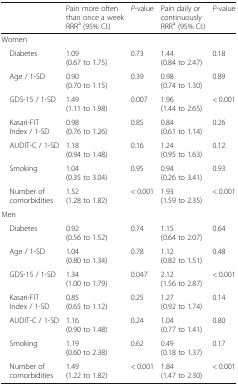
|  | Pain more often than once a week RRRa (95% CI:) | P-value | Pain daily or continuously RRRa (95% CI:) | P-value |
 | --- | --- | --- | --- | --- |
 | <COLSPAN=5> Women |
 | Diabetes | 1.09 (0.67 to 1.75) | 0.73 | 1.44 (0.84 to 2.47) | 0.18 |
 | Age / 1-SD | 0.90 (0.70 to 1.15) | 0.39 | 0.98 (0.74 to 1.30) | 0.89 |
 | GDS-15 / 1-SD | 1.49 (1.11 to 1.98) | 0.007 | 1.96 (1.44 to 2.65) | < 0.001 |
 | Kasari-FIT Index / 1-SD | 0.98 (0.76 to 1.26) | 0.85 | 0.84 (0.61 to 1.14) | 0.26 |
 | AUDIT-C / 1-SD | 1.18 (0.94 to 1.48) | 0.16 | 1.24 (0.95 to 1.63) | 0.12 |
 | Smoking | 1.04 (0.35 to 3.04) | 0.95 | 0.94 (0.26 to 3.41) | 0.93 |
 | Number of comorbidities | 1.52 (1.28 to 1.82) | < 0.001 | 1.93 (1.59 to 2.35) | < 0.001 |
 | <COLSPAN=5> Men |
 | Diabetes | 0.92 (0.56 to 1.52) | 0.74 | 1.15 (0.64 to 2.07) | 0.64 |
 | Age / 1-SD | 1.04 (0.80 to 1.34) | 0.78 | 1.12 (0.82 to 1.51) | 0.48 |
 | GDS-15 / 1-SD | 1.34 (1.00 to 1.79) | 0.047 | 2.12 (1.56 to 2.87) | < 0.001 |
 | Kasari-FIT Index / 1-SD | 0.85 (0.65 to 1.12) | 0.25 | 1.27 (0.92 to 1.74) | 0.14 |
 | AUDIT-C / 1-SD | 1.16 (0.90 to 1.48) | 0.24 | 1.04 (0.77 to 1.41) | 0.80 |
 | Smoking | 1.19 (0.60 to 2.38) | 0.62 | 0.49 (0.18 to 1.37) | 0.17 |
 | Number of comorbidities | 1.49 (1.22 to 1.82) | < 0.001 | 1.84 (1.47 to 2.30) | < 0.001 |